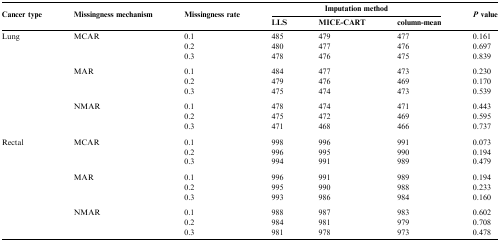
<table><thead><tr><td rowspan="2"><b>Cancer type</b></td><td rowspan="2"><b>Missingness mechanism</b></td><td rowspan="2"><b>Missingness rate</b></td><td colspan="3"><b>Imputation method</b></td><td rowspan="2"><b><i>P</i> value</b></td></tr><tr><td><b>LLS</b></td><td><b>MICE-CART</b></td><td><b>column-mean</b></td></tr></thead><tbody><tr><td>Lung</td><td>MCAR</td><td>0.1</td><td>485</td><td>479</td><td>477</td><td>0.161</td></tr><tr><td>[EMPTY_CELL]</td><td>[EMPTY_CELL]</td><td>0.2</td><td>480</td><td>477</td><td>476</td><td>0.697</td></tr><tr><td>[EMPTY_CELL]</td><td>[EMPTY_CELL]</td><td>0.3</td><td>478</td><td>476</td><td>475</td><td>0.839</td></tr><tr><td colspan="7">[EMPTY_CELL]</td></tr><tr><td>[EMPTY_CELL]</td><td>MAR</td><td>0.1</td><td>484</td><td>477</td><td>473</td><td>0.230</td></tr><tr><td>[EMPTY_CELL]</td><td>[EMPTY_CELL]</td><td>0.2</td><td>479</td><td>476</td><td>469</td><td>0.170</td></tr><tr><td>[EMPTY_CELL]</td><td>[EMPTY_CELL]</td><td>0.3</td><td>475</td><td>474</td><td>473</td><td>0.539</td></tr><tr><td colspan="7">[EMPTY_CELL]</td></tr><tr><td>[EMPTY_CELL]</td><td>NMAR</td><td>0.1</td><td>478</td><td>474</td><td>471</td><td>0.443</td></tr><tr><td>[EMPTY_CELL]</td><td>[EMPTY_CELL]</td><td>0.2</td><td>475</td><td>472</td><td>469</td><td>0.595</td></tr><tr><td>[EMPTY_CELL]</td><td>[EMPTY_CELL]</td><td>0.3</td><td>471</td><td>468</td><td>466</td><td>0.737</td></tr><tr><td colspan="7">[EMPTY_CELL]</td></tr><tr><td>Rectal</td><td>MCAR</td><td>0.1</td><td>998</td><td>996</td><td>991</td><td>0.073</td></tr><tr><td>[EMPTY_CELL]</td><td>[EMPTY_CELL]</td><td>0.2</td><td>996</td><td>995</td><td>990</td><td>0.194</td></tr><tr><td>[EMPTY_CELL]</td><td>[EMPTY_CELL]</td><td>0.3</td><td>994</td><td>991</td><td>989</td><td>0.479</td></tr><tr><td colspan="7">[EMPTY_CELL]</td></tr><tr><td>[EMPTY_CELL]</td><td>MAR</td><td>0.1</td><td>996</td><td>991</td><td>989</td><td>0.194</td></tr><tr><td>[EMPTY_CELL]</td><td>[EMPTY_CELL]</td><td>0.2</td><td>995</td><td>990</td><td>988</td><td>0.233</td></tr><tr><td>[EMPTY_CELL]</td><td>[EMPTY_CELL]</td><td>0.3</td><td>993</td><td>986</td><td>984</td><td>0.160</td></tr><tr><td colspan="7">[EMPTY_CELL]</td></tr><tr><td>[EMPTY_CELL]</td><td>NMAR</td><td>0.1</td><td>988</td><td>987</td><td>983</td><td>0.602</td></tr><tr><td>[EMPTY_CELL]</td><td>[EMPTY_CELL]</td><td>0.2</td><td>984</td><td>981</td><td>979</td><td>0.708</td></tr><tr><td>[EMPTY_CELL]</td><td>[EMPTY_CELL]</td><td>0.3</td><td>981</td><td>978</td><td>973</td><td>0.478</td></tr></tbody></table>